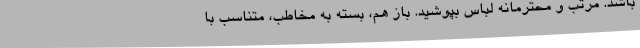
باشد. مرتب و محترمانه لباس بپوشید. باز هم، بسته به مخاطب، متناسب با